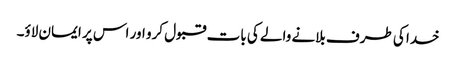
خدا کی طرف بلانے والے کی بات قبول کرو اور اس پر ایمان لاؤ۔